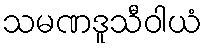
သမဏဒူသီဝါယံ